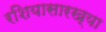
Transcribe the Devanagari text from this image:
रशियासारख्या